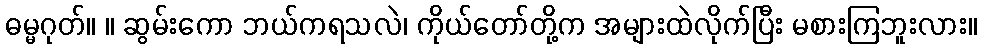
ဓမ္မဂုတ်။ ။ ဆွမ်းကော ဘယ်ကရသလဲ၊ ကိုယ်တော်တို့က အများထဲလိုက်ပြီး မစားကြဘူးလား။